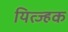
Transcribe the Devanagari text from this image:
यित्ज्हक